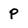
Character: P